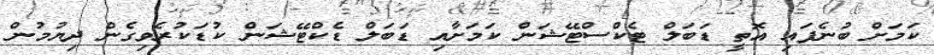
ކަމަށް ބުނެފައި އޮތީ ޑަބަލް ޓެކްސްޓޭޝަން ކަމަށާއި ޑަބަލް ޑެކްޓޭޝަން ކުޑަކުރެވިގެން ދިޔުމުން